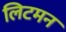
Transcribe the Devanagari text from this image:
लिटमन